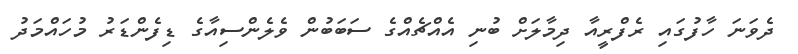
ދެވަނަ ހާފުގައި ރެފްރީއާ ދިމާލަށް ބުނި އެއްޗެއްގެ ސަބަބުން ވެލެންސިއާގެ ޑިފެންޑަރު މުހައްމަދު